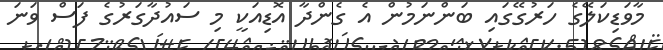
މާވަޑިކަލޭގެ ހަރުގޭގައި ބަންނަމުން އެ ގެންދާ އޮޑިއަކީ މި ސައުދާގަރުގެ ފަސް ވަނަ